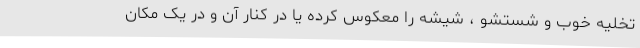
تخلیه خوب و شستشو ، شیشه را معکوس کرده یا در کنار آن و در یک مکان